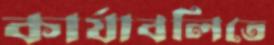
কার্যাবলিতে